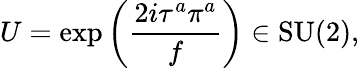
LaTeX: U=\exp\left({\frac{2i\tau^{a}\pi^{a}}{f}}\right)\in\mathrm{SU(2)},